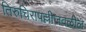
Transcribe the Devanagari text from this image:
तिरुचिरापल्लीजवळील